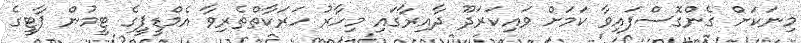
މިނަކަށް ގެންގޮސްފައިވާ ކަމަށް ވައިކަރަދޫ ދާއިރާގައި މިހާރު ހަރަކާތްތެރިވާ އެމްޑީޕީގެ ޓީމުން ޕާޓީގެ